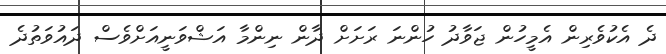
ދެ އެކުވެރިން އެމީހުން ޖަވާދު ހުންނަ ރަަށަށް ދާން ނިންމާ އަޝްވަނީއަށްވެސް ދައުވަތުދެ